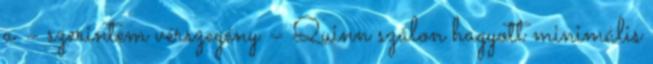
a – szerintem vérszegény – Quinn szálon hagyott minimális